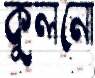
কুলনো